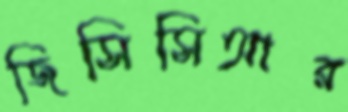
জিসিসিআর